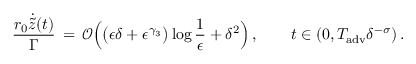
\frac { r _ { 0 } \dot { \tilde { z } } ( t ) } { \Gamma } \, = \, \mathcal { O } \Bigl ( \bigl ( \epsilon \delta + \epsilon ^ { \gamma _ { 3 } } \bigr ) \log \frac { 1 } { \epsilon } + \delta ^ { 2 } \Bigr ) \, , \qquad t \in ( 0 , T _ { \mathrm { a d v } } \delta ^ { - \sigma } ) \, .